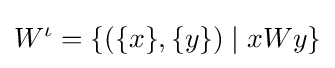
W^{\iota }=\{(\{x\},\{y\})\mid xWy\}